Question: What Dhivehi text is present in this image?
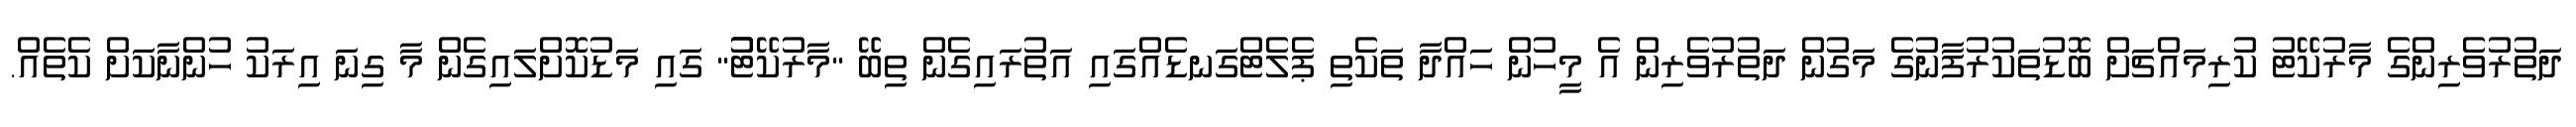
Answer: ދަތުރުވެރިންގެ މާރުކޭޓު ކުރިމައްޗަށް ބޮޑުތަކުރުފާނުގެ މަގުން ދަތުރުވެރިން އެ މީހުން ހައްދާ ތަކެތި ޕެލެޓްގަނޑެއްގައި އަތުރައިގެން ތިބޭ "މާރުކޭޓުު" ގައި މަޑުކޮށްލައިގެން މާ ގިނަ އިރަކު ހުންނާކަށް ކެތެއް.